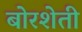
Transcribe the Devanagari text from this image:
बोरशेती